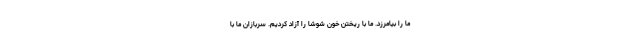
ما را بیامرزد. ما با ریختن خون شوشا را آزاد کردیم. سربازان ما با